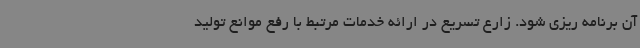
آن برنامه ریزی شود. زارع تسریع در ارائه خدمات مرتبط با رفع موانع تولید